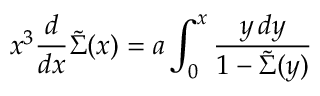
x ^ { 3 } { \frac { d } { d x } } \widetilde \Sigma ( x ) = a \int _ { 0 } ^ { x } { \frac { y \, d y } { 1 - \widetilde \Sigma ( y ) } }